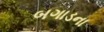
બગાડના